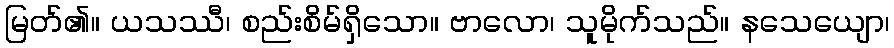
မြတ်၏။ ယသဿီ၊ စည်းစိမ်ရှိသော။ ဗာလော၊ သူမိုက်သည်။ နသေယျော၊